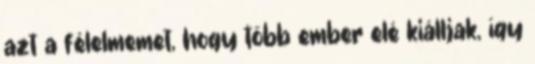
azt a félelmemet, hogy több ember elé kiálljak, így